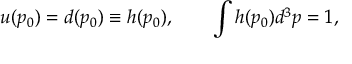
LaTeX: u ( p _ { 0 } ) = d ( p _ { 0 } ) \equiv h ( p _ { 0 } ) , \qquad \int h ( p _ { 0 } ) d ^ { 3 } p = 1 ,